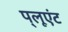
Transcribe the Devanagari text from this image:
प़्लूएंट